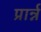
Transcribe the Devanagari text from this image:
प्रार्न्न